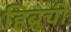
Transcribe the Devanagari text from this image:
हिब्रूची